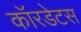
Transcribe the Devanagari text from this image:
कॉरडेटस